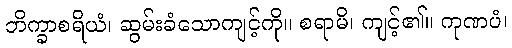
ဘိက္ခာစရိယံ၊ ဆွမ်းခံသောကျင့်ကို။ စရာမိ၊ ကျင့်၏။ ကုဏပံ၊